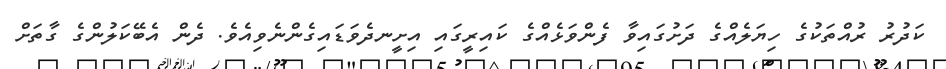
ކަދުރު ރުއްތަކުގެ ހިޔަލެއްގެ ދަށުގައިވާ ފެންވަޅެއްގެ ކައިރީގައި އިށީނދެވަޑައިގެންނެވިއެވެ. ދެން އެބޭކަލުންގެ ގާތަށް